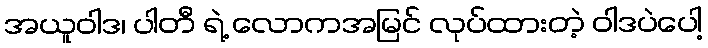
အယူဝါဒ၊ ပါတီ ရဲ့ လောကအမြင် လုပ်ထားတဲ့ ဝါဒပဲပေါ့